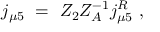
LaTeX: j _ { \mu 5 } \ = \ Z _ { 2 } Z _ { A } ^ { - 1 } j _ { \mu 5 } ^ { R } \ ,